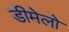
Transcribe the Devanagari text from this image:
डीमेलो